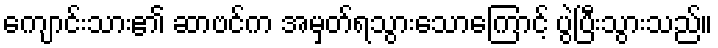
ကျောင်းသား၏ ဆာဗင်က အမှတ်ရသွားသောကြောင့် ပွဲပြီးသွားသည်။